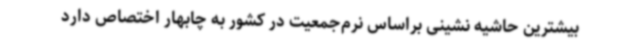
بیشترین حاشیه نشینی براساس نرم‌جمعیت در کشور به چابهار اختصاص دارد